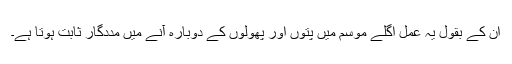
ان کے بقول یہ عمل اگلے موسم میں پتوں اور پھولوں کے دوبارہ آنے میں مددگار ثابت ہوتا ہے۔